Annual returns of the Patna Lunatic Asylum at Bankipore in Bihar and Orissa - 1912-1924
Year: 1912
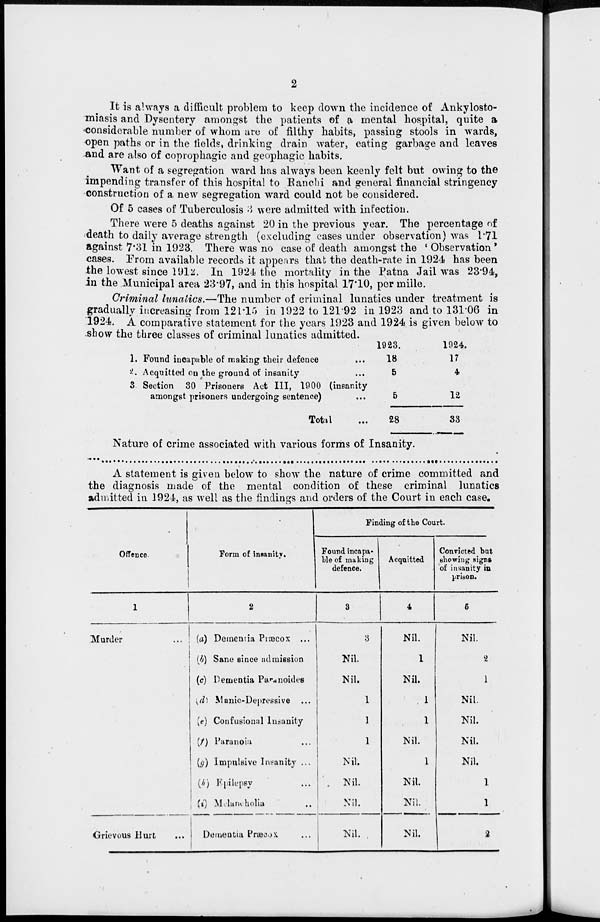
2
It is always a difficult problem to keep down the incidence of Ankylosto-
miasis and Dysentery amongst the patients of a mental hospital, quite a
considerable number of whom are of filthy habits, passing stools in wards,
open paths or in the fields, drinking drain water, eating garbage and leaves
and are also of coprophagic and geophagic habits.
Want of a segregation ward has always been keenly felt but owing to the
impending transfer of this hospital to Ranchi and general financial stringency
construction of a new segregation ward could not be considered.
Of 5 cases of Tuberculosis 3 were admitted with infection.
There were 5 deaths against 20 in the previous year. The percentage of
death to daily average strength (excluding cases under observation) was 1.71
against 7.31 in 1923. There was no case of death amongst the ' Observation '
cases. From available records it appears that the death-rate in 1924 has been
the lowest since 1912. In 1924 the mortality in the Patna Jail was 23.94,
in the Municipal area 23.97, and in this hospital 17.10, per mille.
Criminal lunatics.—The number of criminal lunatics under treatment is
gradually increasing from 121.15 in 1922 to 121.92 in 1923 and to 131.06 in
1924. A comparative statement for the years 1923 and 1924 is given below to
show the three classes of criminal lunatics admitted.
1. Found incapable of making their defence ...
2. Acquitted on the ground of insanity ...
3 Section 30 Prisoners Act III, 1900 (insanity
amongst prisoners undergoing sentence) ...
Total ...
1923.
18
5
5
28
1924.
17
4
12
33
Nature of crime associated with various forms of Insanity.
A statement is given below to show the nature of crime committed and
the diagnosis made of the mental condition of these criminal lunatics
admitted in 1924, as well as the findings and orders of the Court in each case.
Offence.
1
Murder ...
Grievous Hurt ...
Form of insanity.
2
(a) Dementia Piæcox ...
(b) Sane since admission
(c) Dementia Paranoides
(d) Manic-Depressive ...
(e) Confusional Insanity
(f) Paranoia ...
(g) Impulsive Insanity ...
(h) Epilepsy ...
(i) Melancholia ...
Dementia Præcox.
Finding of the Court.
Found incapa-
ble of making
defence.
3
3
Nil.
Nil.
1
1
1
Nil.
Nil.
Nil.
Nil.
Acquitted
4
Nil.
1
Nil.
1
1
Nil.
1
Nil.
Nil.
Nil.
Convicted but
showing signs
of insanity in
prison.
5
Nil.
2
1
Nil.
Nil.
Nil.
Nil.
1
1
2